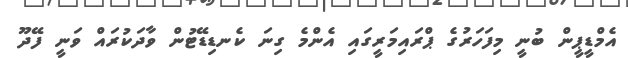
އެމްޑީޕީން ބުނީ މިފަހަރުގެ ޕްރައިމަރީގައި އެންމެ ގިނަ ކެނޑިޑޭޓުން ވާދަކުރައް ވަނީ ފޭދޫ